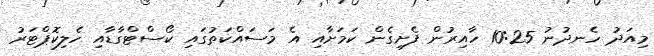
މިއަދު ހެނދުނު 10:25 ހާއިރުން ފެށިގެން ކަމަށާއި އެ މަސައްކަތުގައި ކޯސްޓްގާޑާއި ހެލިކޮޕްޓަރު